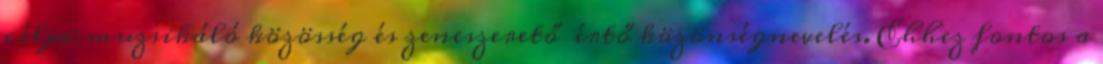
célja: muzsikáló közösség és zeneszerető értő közönségnevelés. Ehhez fontos a